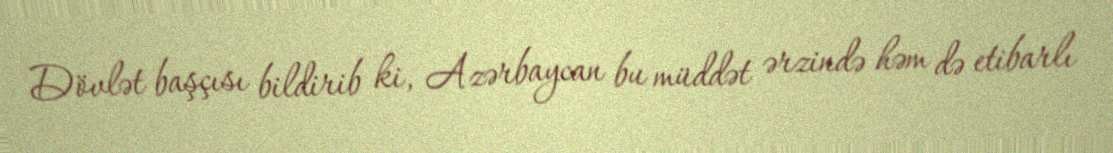
Dövlət başçısı bildirib ki, Azərbaycan bu müddət ərzində həm də etibarlı